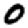
Digit: 0